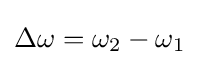
\Delta \omega =\omega _{2}-\omega _{1}